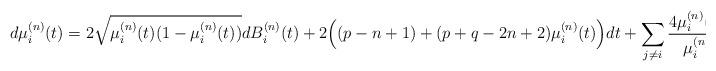
LaTeX: \begin{align*}d\mu^{(n)}_i(t) = 2 \sqrt{\mu^{(n)}_i(t)(1 - \mu^{(n)}_i(t))} dB^{(n)}_i(t) + 2 \Big((p - n + 1) + (p + q - 2n + 2)\mu^{(n)}_i(t)\Big) dt + \sum_{j \neq i} \frac{4 \mu^{(n)}_i(t)(1 - \mu^{(n)}_i(t))}{\mu^{(n)}_i(t) - \mu^{(n)}_j(t)} dt\end{align*}